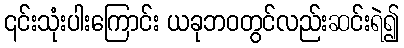
၎င်းသုံးပါးကြောင်း ယခုဘဝတွင်လည်းဆင်းရဲ၍